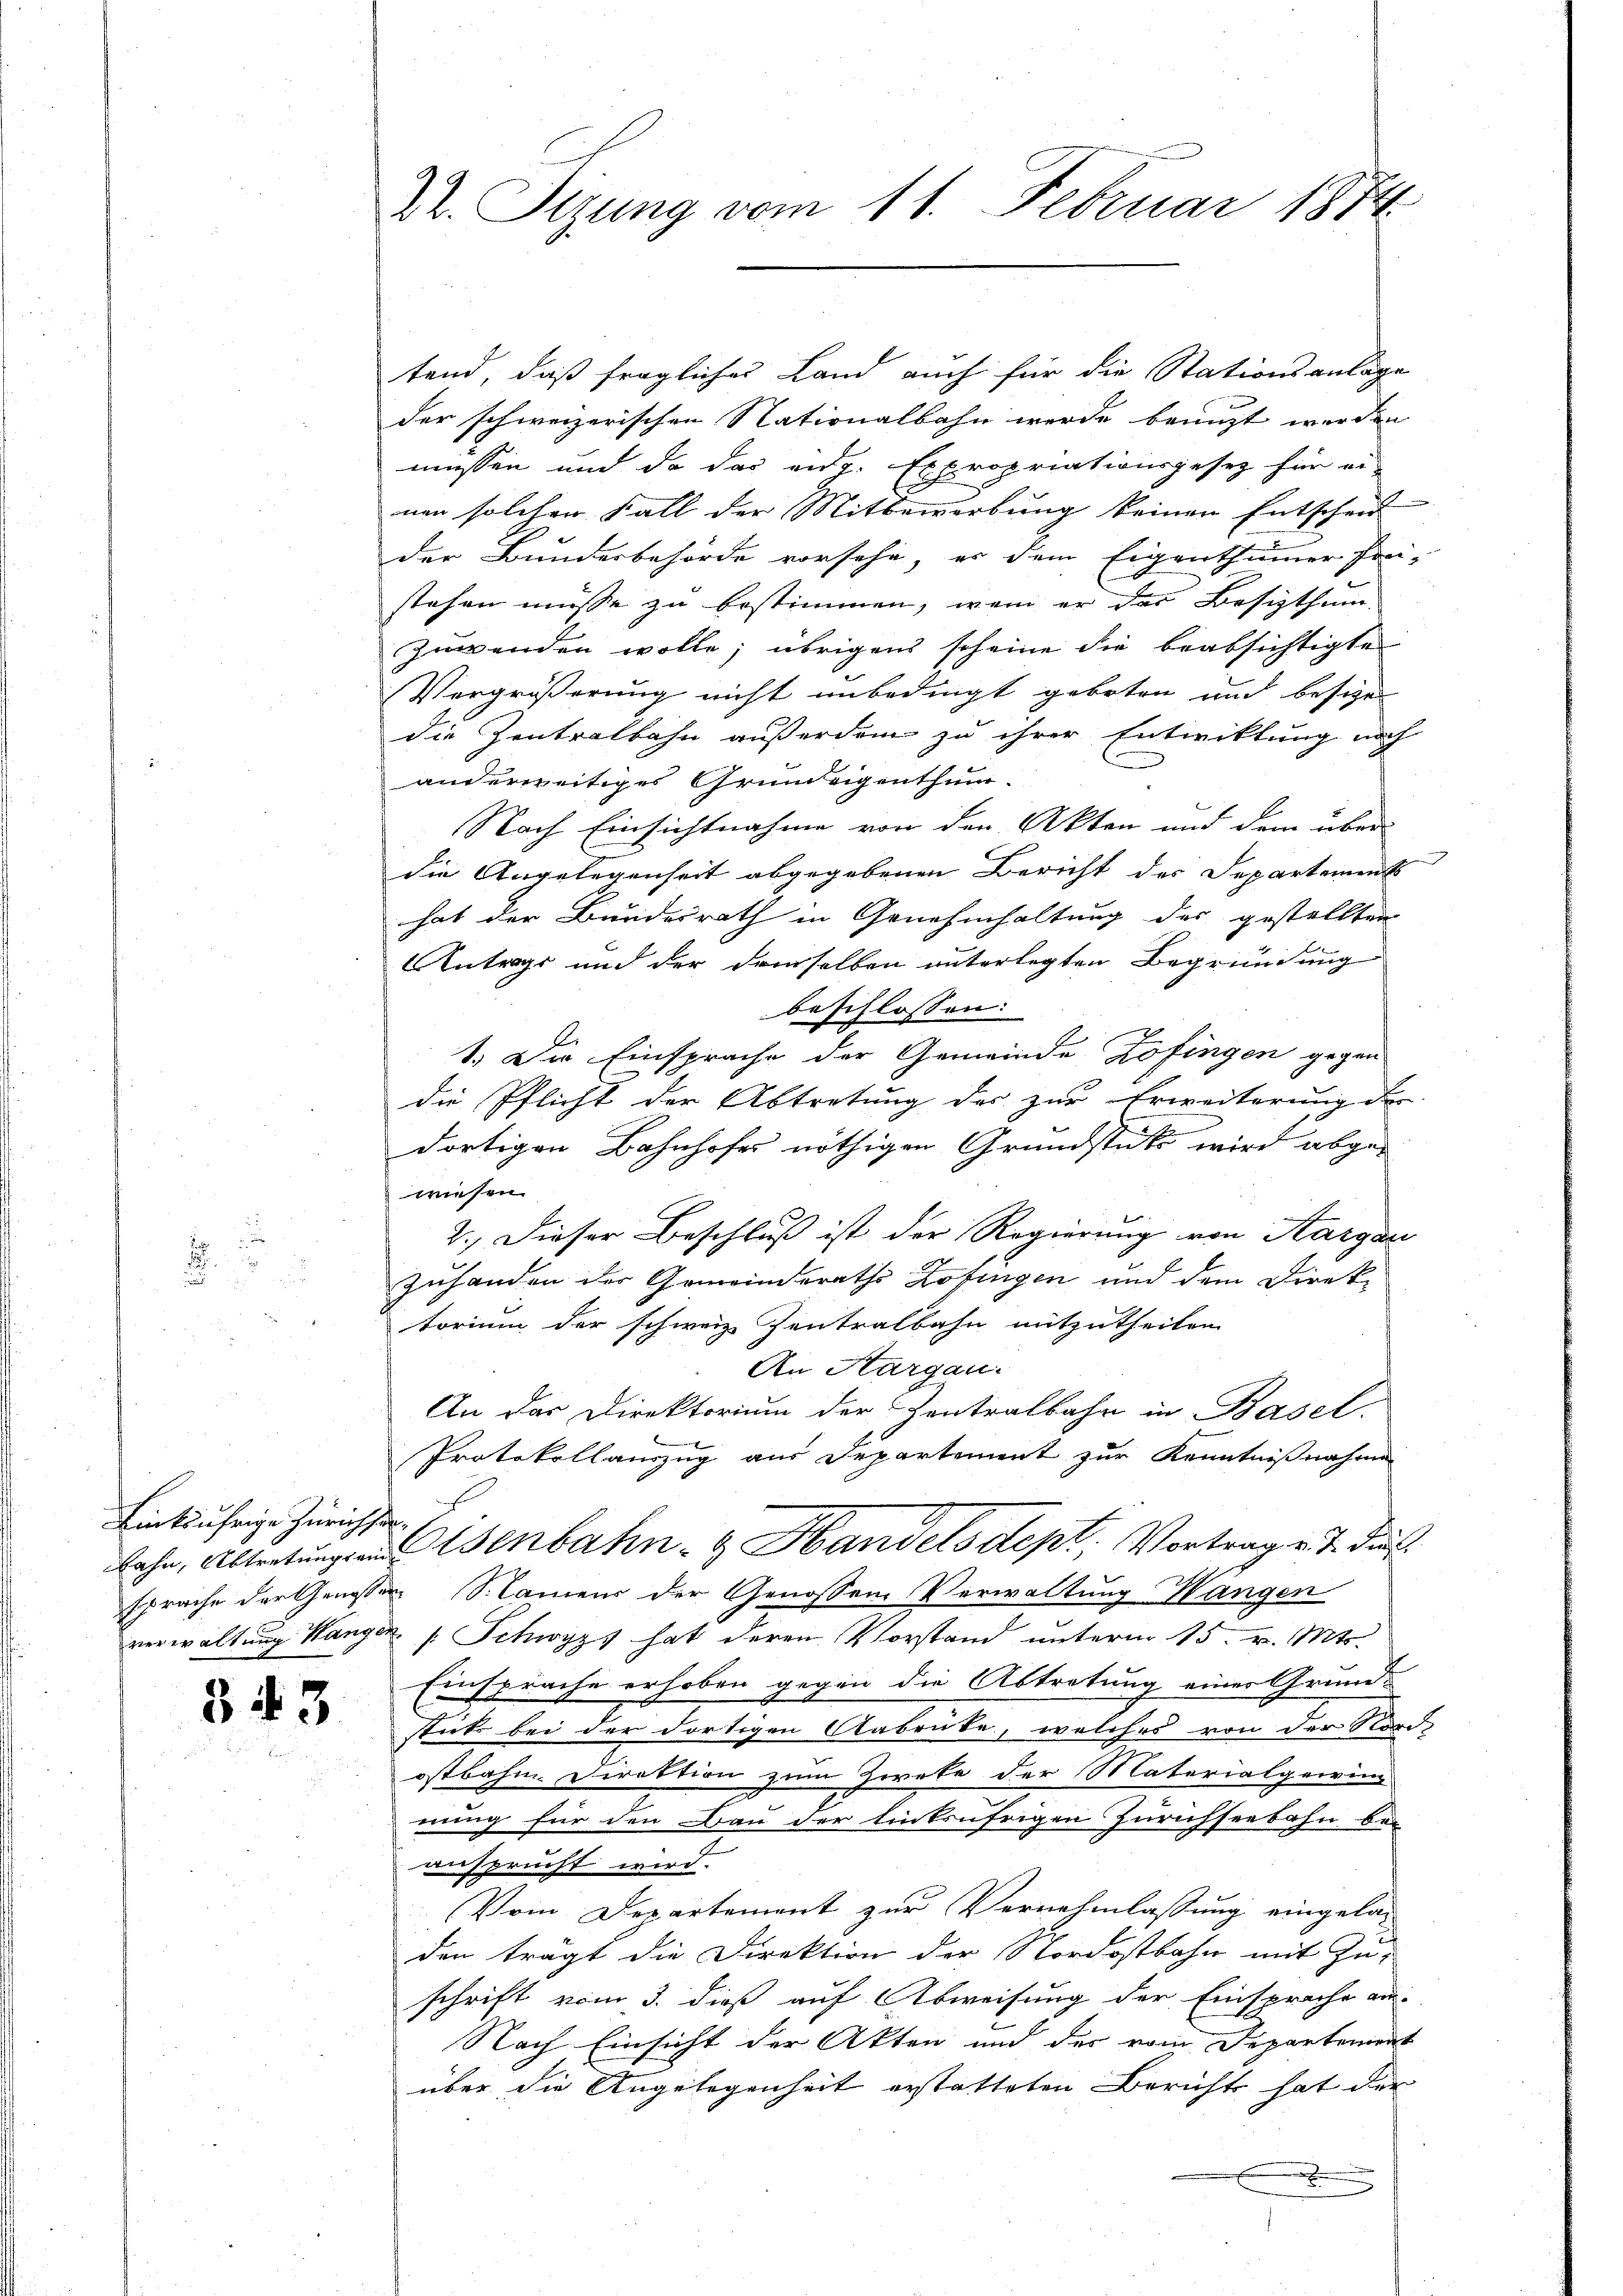
.
n

Lünkjährige Zürichsan¬

343.

Dr. Sizung vom 11. Februar 1814.

tend, daß fragliches Land auch für die Stationsanlage
der schweizerischen Nationalbahn werde benuzt werden
müssen und da das eidg. Expropriationsgesetz für ei
nen solchen Fall der Mitbewerbung keinen Entscheid
der Bundesbehörde vorsehe, er dem Eigenthümer Frei-
stehen müsse zu bestimmen, wenn er das Besizthei-
Zuwenden wolle; übrigens scheine die beabsichtigte
Vergrößerung nicht unbedingt geboten und besizen
die Zentralbahn außerdem zu ihrer Entwicklung noch
anderweitiges Grundeigenthum.
Nach Einsichtnahme von den Akten und dem über
die Angelegenheit abgegebenen Bericht des Departement
hat der Bundesrath in Genehmhaltung der gestellten
Antrags und der demselben unterlegten Begründung
beschlossen:
1.) Die Einsprache der Gemeinde Zofingen gegen-
die Pflicht der Abtretung des zur Erweiterung der
e
dortigen Bahnhofes nöthigen Grundstücke wird abge-
wiesen
2.) Dieser Beschluß ist der Regierung von Aargau
Zuhanden der Gemeinderaths Zofingen und dem Direktorium der schweiz. Zentralbahn mitzutheilen
An Aargau.
An das Direktorium der Zentralbahn in Basel.
Protokollauszug aus Departement zur Kenntnißnahme
bahn, Abtretung an Wenbahn- & Handels dept, Vortrag v. J. dies
sprache der Genossen S. Camens der Genossen Verwaltung Wangen
verwaltung Hanger.  Schwyz hat deren Vorstand unterm 15. v. Mts.
Einsprache erhoben gegen die Abtretung einer Grund-
stik bei der dortigen Gabrike, welches von der Nord-
ostbahne Direktion zum Zweke der Materialgewinn
nung für den Bau der Einkufrigen Zürichseebahn bei
ansprucht wird.
Vom Departement zur Vernehmlassung eingeladen trägt die Direktion der Nordostbahn mit Zu-
schrift vom 3. dieß auf Abweisung der Einsprache an-
Nach Einsicht der Akten und des vom Departement
über die Angelegenheit erstatteten Berichts hat der
.